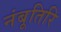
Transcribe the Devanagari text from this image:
नंबूतिरि